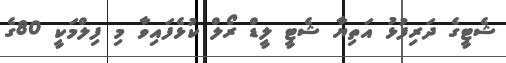
ޝެޓީގެ ދަރިފުޅު އަތިޔާ ޝެޓީ ލީޑް ރޯލް ކުޅެފައިވާ މި ފިލްމަކީ 80ގެ